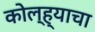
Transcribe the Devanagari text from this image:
कोल्ह्याचा